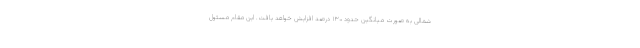
شمالی به صورت میانگین حدود ۱۳۰ درصد افزایش خواهد یافت. این مقام مسئول